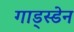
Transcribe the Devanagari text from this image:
गाड्स्डेन